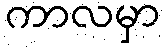
ကာလမှာ